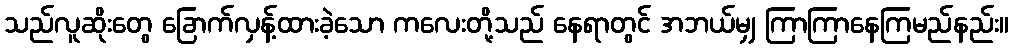
သည်လူဆိုးတွေ ခြောက်လှန့်ထားခဲ့သော ကလေးတို့သည် နေရာတွင် အဘယ်မျှ ကြာကြာနေကြမည်နည်း။